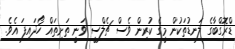
ޑްރޮގްބާގެ ލަނޑުތަކުން މީގެ ކުރިން ވެސް ޗެލްސީ ވަނީ ތަށިތައް ހޯދައިފަ އެވެ.